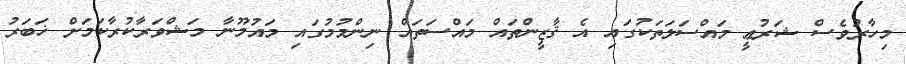
މިހާރުވެސް ޝަރުޢީ މައްސަލަތަކުގައި އެ ޤާޒީންތައް މައްސަތައް ނިންމުމުގައި މައުމޫނާ މަޝްވަރާކުރާކަމަށް ޚަބަރު